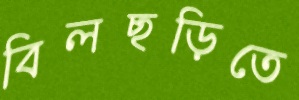
বিলছড়িতে